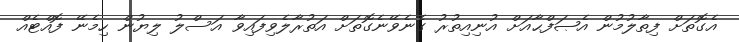
އެގޮތަށް ފިތާލުމުން އެޞަފްޙާއަށް އުނިއިތުރު ގެނެވޭނެގޮތަށް އަތުރާލެވިފައިވާ އަސްލު ލިޔުން ހިމެނޭ ފޮއްޓެއް